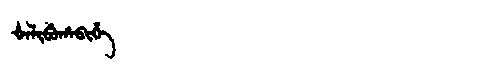
Manchu: ᡧᠠᠯᡳᠪᡠᡥᠠᠪᡳᡥᡝ
Romanization: ŠALIBUHABIHE